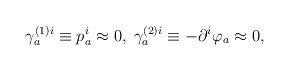
\begin{align*}\gamma _{a}^{(1)i}\equiv p_{a}^{i}\approx 0,\;\gamma _{a}^{(2)i}\equiv-\partial ^{i}\varphi _{a}\approx 0, \end{align*}